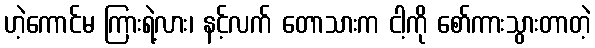
ဟဲ့ကောင်မ ကြားရဲ့လား၊ နင့်လက် တောသားက ငါ့ကို စော်ကားသွားတာတဲ့